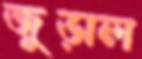
জুড়াল